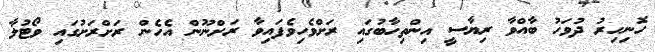
ހޮނިހިރު ދުވަހު ބާއްވާ ރިޔާސީ އިންތިހާބުގައި ރަށްވެހިވެފައިވާ ރަށްނޫން އެހެން ރަށްރަށުގައި ވޯޓުލާ